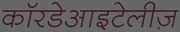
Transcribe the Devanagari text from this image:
कॉरडेआइटेलीज़